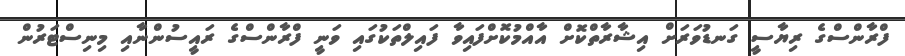
ފްރާންސްގެ ރިޔާސީ ގަނޑުވަރަށް އިޝާރާތްކޮށް އާއްމުކޮށްފައިވާ ފައިލްތަކުގައި ވަނީ ފްރާންސްގެ ރައީސުންނާއި މިނިސްޓަރުން